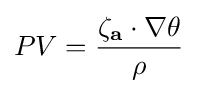
PV={\frac {\mathbf {\zeta _{a}} \cdot \nabla \theta }{\rho }}